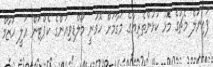
ފައިނަލް މެޗުގެ މޮޅު ކުޅުންތެރިޔާގެ މަގާމަށް ހޮވުނީ މޯލްޑިވިއަންގެ ކެޕްޓަން އަލީ ހުޒާމް